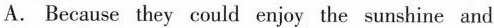
A.Because they could enjoy the sunshine and